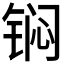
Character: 𮸎